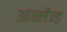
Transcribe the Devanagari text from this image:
आक्लैन्ड